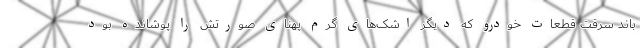
باند سرقت قطعات خودرو که دیگر اشک‌های گرم پهنای صورتش را پوشانده بود